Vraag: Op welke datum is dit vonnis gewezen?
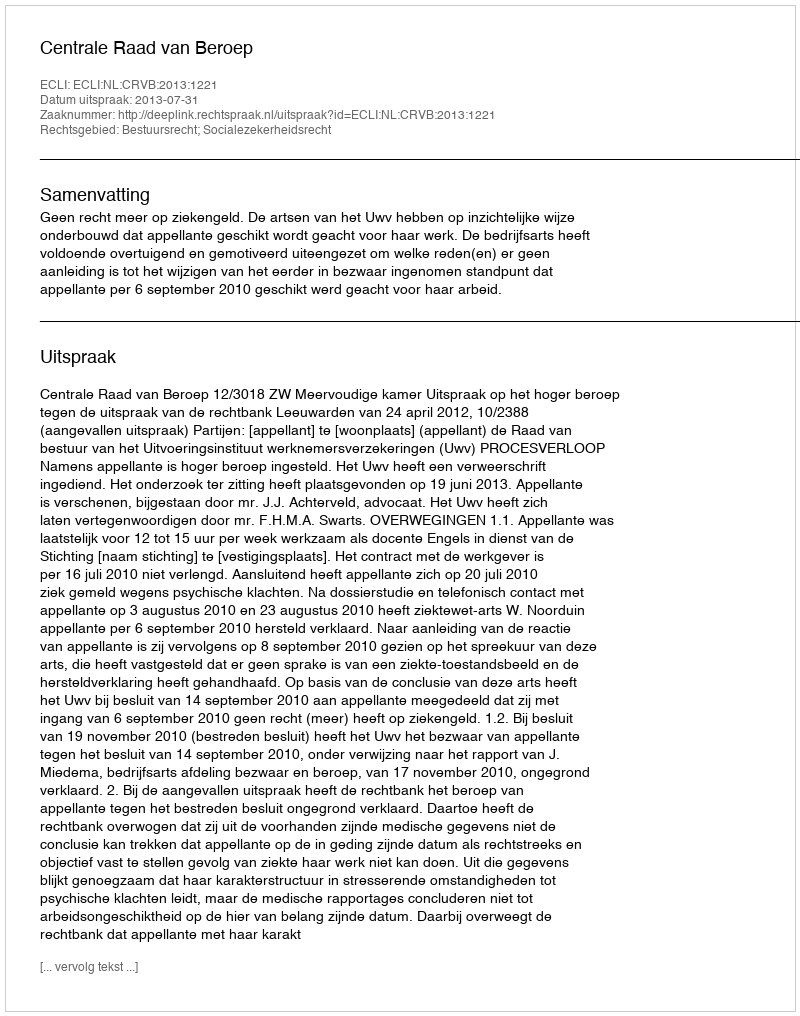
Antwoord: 2013-07-31